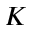
K